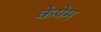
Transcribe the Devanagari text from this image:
केपेम